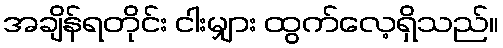
အချိန်ရတိုင်း ငါးမျှား ထွက်လေ့ရှိသည်။